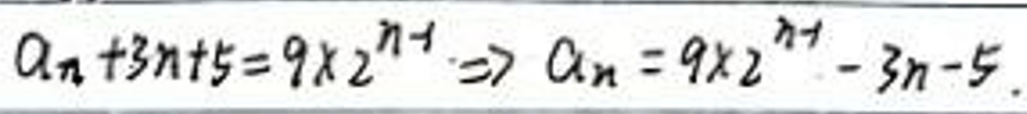
\[ a_n + 3n + 5 = 9\times 2^{n-1} \Rightarrow a_n = 9\times 2^{n-1} - 3n - 5 \]